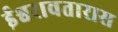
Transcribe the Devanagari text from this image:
ईश्वरावतारास